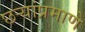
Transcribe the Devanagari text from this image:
छर्‍यांप्रमाणे